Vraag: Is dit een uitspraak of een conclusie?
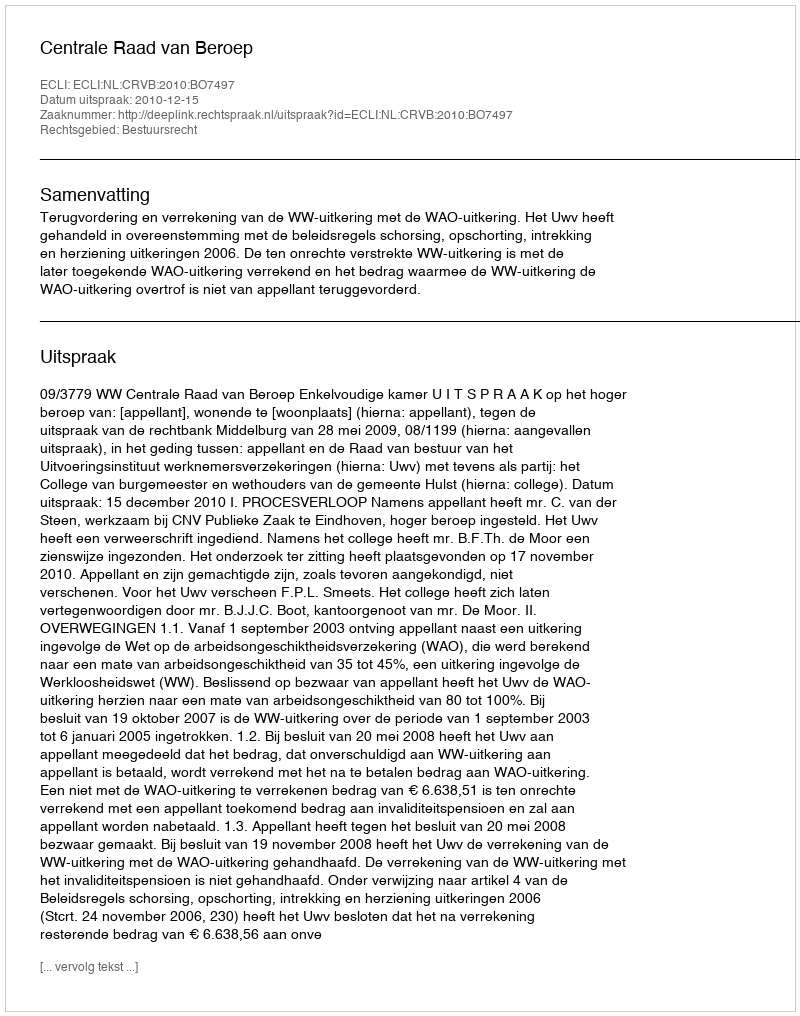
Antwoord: Uitspraak